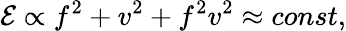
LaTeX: {\cal E}\propto f^{2}+v^{2}+f^{2}v^{2}\approx const,